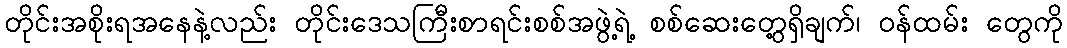
တိုင်းအစိုးရအနေနဲ့လည်း တိုင်းဒေသကြီးစာရင်းစစ်အဖွဲ့ရဲ့ စစ်ဆေးတွေ့ရှိချက်၊ ဝန်ထမ်း တွေကို